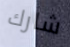
شارك